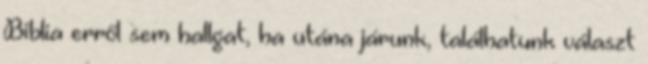
Biblia erről sem hallgat, ha utána járunk, találhatunk választ